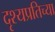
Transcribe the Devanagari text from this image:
दृश्यप्रतिच्या